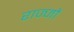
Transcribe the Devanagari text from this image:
राज्जों